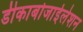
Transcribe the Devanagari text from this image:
डीकार्बोजाईलेशन